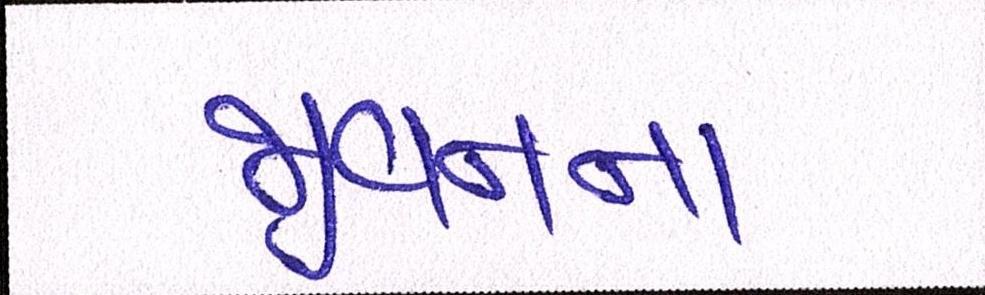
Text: જીવનના